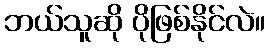
ဘယ်သူဆို ပိုဖြစ်နိုင်လဲ။